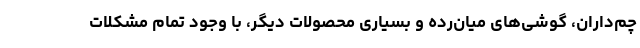
چم‌داران، گوشی‌های میان‌رده و بسیاری محصولات دیگر، با وجود تمام مشکلات